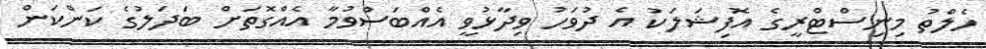
ހެލްތު މިނިސްޓްރީގެ އޮފިޝަލަކު އެ ދުވަހު ވިދާޅުވީ އެއްބަސްވުމާ އެއްގޮތަށް ބަދަލުގެ ކަންކަން